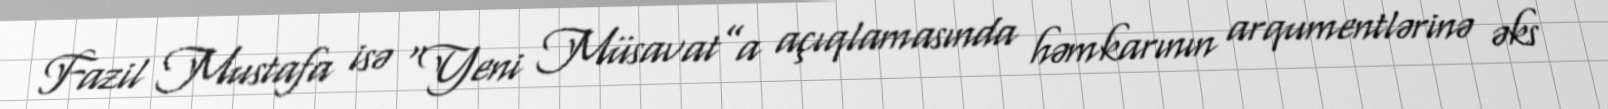
Fazil Mustafa isə “Yeni Müsavat”a açıqlamasında həmkarının arqumentlərinə əks